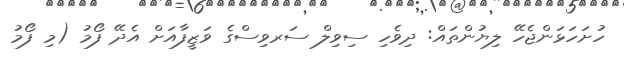
ހުށަހަޅަންޖެހޭ ލިޔުންތައް: ދިވެހި ސިވިލް ސަރވިސްގެ ވަޒީފާއަށް އެދޭ ފޯމު (މި ފޯމު